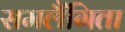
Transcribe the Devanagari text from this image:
समलैंगिता